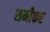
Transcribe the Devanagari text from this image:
समीकर